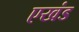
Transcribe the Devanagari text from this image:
एखंड